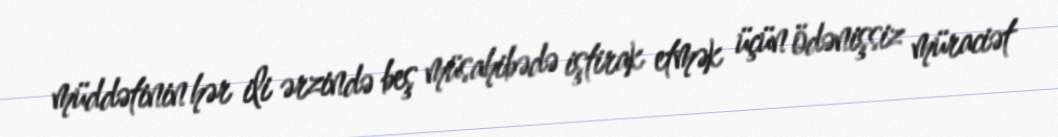
müddətinin hər ili ərzində beş müsahibədə iştirak etmək üçün ödənişsiz müraciət